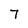
Character: 7